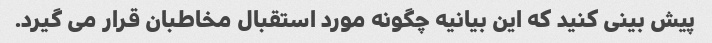
پیش بینی کنید که این بیانیه چگونه مورد استقبال مخاطبان قرار می گیرد.